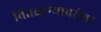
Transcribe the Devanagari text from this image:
वितळण्याबरोबर